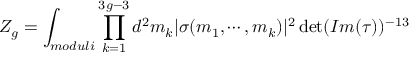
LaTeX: Z _ { g } = \int _ { m o d u l i } \prod _ { k = 1 } ^ { 3 g - 3 } d ^ { 2 } m _ { k } | \sigma ( m _ { 1 } , \cdots , m _ { k } ) | ^ { 2 } \operatorname * { d e t } ( I m ( \tau ) ) ^ { - 1 3 }